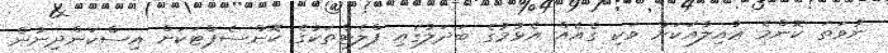
ނުވަތަ ކޮންމެ ޢާއިލާއަކަށް ވަކި ގެއެއް އެޅުމުގެ ބަދަލުގައި ފްލެޓްތަކުގެ ކޮންސެޕްޓަކަށް އިސްކަންދިނުން